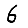
Digit: 6